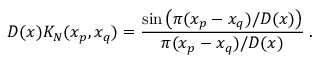
D ( x ) K _ { N } ( x _ { p } , x _ { q } ) = \frac { \sin \left( \pi ( x _ { p } - x _ { q } ) / D ( x ) \right) } { \pi ( x _ { p } - x _ { q } ) / D ( x ) } \: .